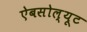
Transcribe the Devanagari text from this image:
ऐबसोल्यूट